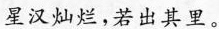
星汉灿烂，若出其里。